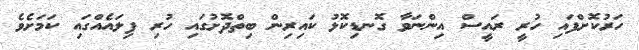
ހަރުކޮށްފައި ހުރީ ރައީސް އިންނަވާ ގޮނޑިކޮޅު ކައިރިން ބިތްދޮށުގައި ހުރި ފިލައެއްގައި ކަމަށެވެ